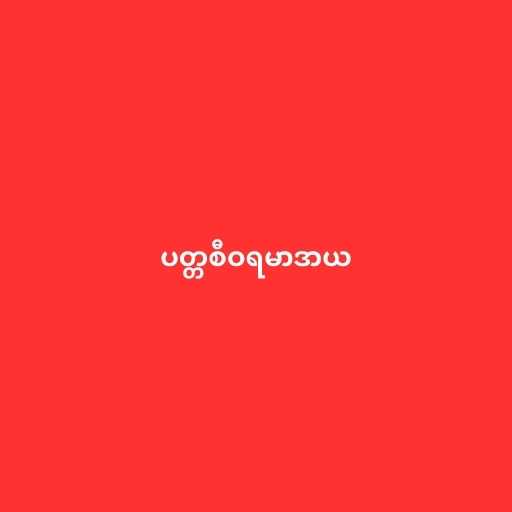
ပတ္တစီဝရမာဒာယ